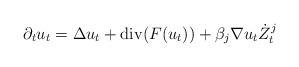
LaTeX: \begin{align*} \partial_t u_t = \Delta u_t + \mathrm{div} (F(u_t)) + \beta_j \nabla u_t \dot{Z}_t^j\end{align*}